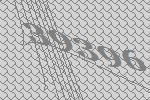
39396